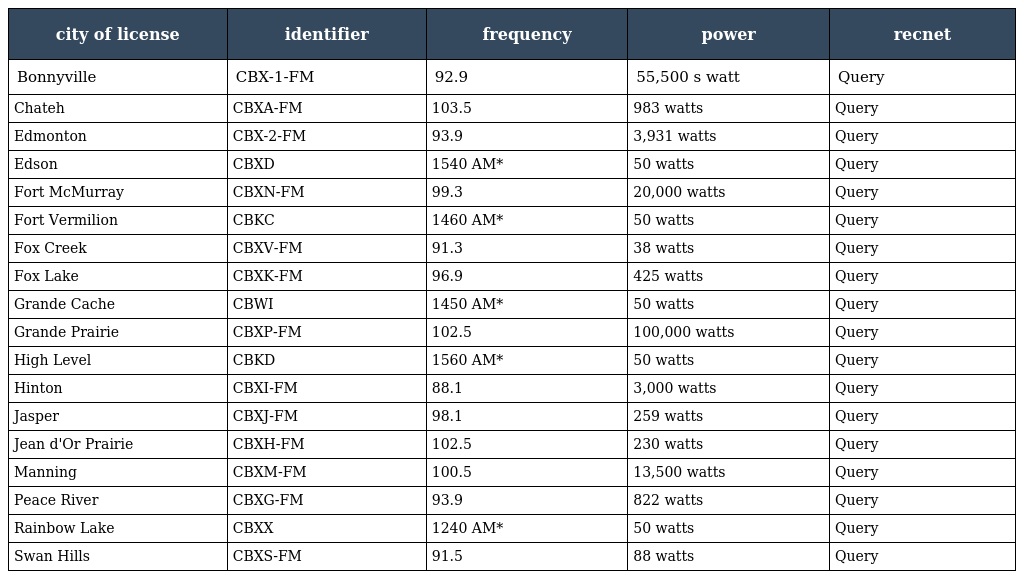
| city of license | identifier | frequency | power | recnet |
 | --- | --- | --- | --- | --- |
 | Bonnyville | CBX-1-FM | 92.9 | 55,500 s watt | Query |
 | Chateh | CBXA-FM | 103.5 | 983 watts | Query |
 | Edmonton | CBX-2-FM | 93.9 | 3,931 watts | Query |
 | Edson | CBXD | 1540 AM* | 50 watts | Query |
 | Fort McMurray | CBXN-FM | 99.3 | 20,000 watts | Query |
 | Fort Vermilion | CBKC | 1460 AM* | 50 watts | Query |
 | Fox Creek | CBXV-FM | 91.3 | 38 watts | Query |
 | Fox Lake | CBXK-FM | 96.9 | 425 watts | Query |
 | Grande Cache | CBWI | 1450 AM* | 50 watts | Query |
 | Grande Prairie | CBXP-FM | 102.5 | 100,000 watts | Query |
 | High Level | CBKD | 1560 AM* | 50 watts | Query |
 | Hinton | CBXI-FM | 88.1 | 3,000 watts | Query |
 | Jasper | CBXJ-FM | 98.1 | 259 watts | Query |
 | Jean d'Or Prairie | CBXH-FM | 102.5 | 230 watts | Query |
 | Manning | CBXM-FM | 100.5 | 13,500 watts | Query |
 | Peace River | CBXG-FM | 93.9 | 822 watts | Query |
 | Rainbow Lake | CBXX | 1240 AM* | 50 watts | Query |
 | Swan Hills | CBXS-FM | 91.5 | 88 watts | Query |